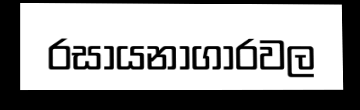
රසායනාගාරවල